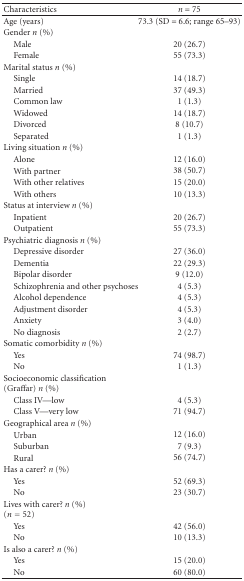
| Characteristics | n = 75 |
 | --- | --- |
 | Age (years) | 73.3 (SD = 6.6; range 65–93) |
 | Gender n (%) |  |
 | Male | 20 (26.7) |
 | Female | 55 (73.3) |
 | Marital status n (%) |  |
 | Single | 14 (18.7) |
 | Married | 37 (49.3) |
 | Common law | 1 (1.3) |
 | Widowed | 14 (18.7) |
 | Divorced | 8 (10.7) |
 | Separated | 1 (1.3) |
 | Living situation n (%) |  |
 | Alone | 12 (16.0) |
 | With partner | 38 (50.7) |
 | With other relatives | 15 (20.0) |
 | With others | 10 (13.3) |
 | Status at interview n (%) |  |
 | Inpatient | 20 (26.7) |
 | Outpatient | 55 (73.3) |
 | Psychiatric diagnosis n (%) |  |
 | Depressive disorder | 27 (36.0) |
 | Dementia | 22 (29.3) |
 | Bipolar disorder | 9 (12.0) |
 | Schizophrenia and other psychoses | 4 (5.3) |
 | Alcohol dependence | 4 (5.3) |
 | Adjustment disorder | 4 (5.3) |
 | Anxiety | 3 (4.0) |
 | No diagnosis | 2 (2.7) |
 | Somatic comorbidity n (%) |  |
 | Yes | 74 (98.7) |
 | No | 1 (1.3) |
 | Socioeconomic classification (Graffar) n (%) |  |
 | Class IV—low | 4 (5.3) |
 | Class V—very low | 71 (94.7) |
 | Geographical area n (%) |  |
 | Urban | 12 (16.0) |
 | Suburban | 7 (9.3) |
 | Rural | 56 (74.7) |
 | Has a carer? n (%) |  |
 | Yes | 52 (69.3) |
 | No | 23 (30.7) |
 | Lives with carer? n (%) (n = 52) |  |
 | Yes | 42 (56.0) |
 | No | 10 (13.3) |
 | Is also a carer? n (%) |  |
 | Yes | 15 (20.0) |
 | No | 60 (80.0) |